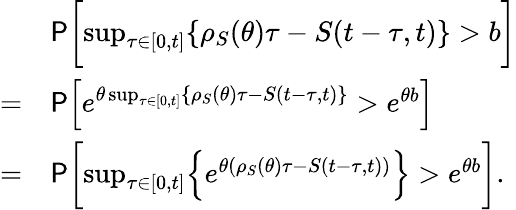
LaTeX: \begin{array}{rl}&{\mathsf{P}\biggl[\operatorname*{sup}_{\tau\in[0,t]}\{ \rho_{S}(\theta)\tau-S(t-\tau,t)\} >b\biggr]}\\ {=}&{\mathsf{P}\Bigl[e^{\theta\operatorname*{sup}_{\tau\in[0,t]}\{ \rho_{S}(\theta)\tau-S(t-\tau,t)\} }>e^{\theta b}\Bigr]}\\ {=}&{\mathsf{P}\biggl[\operatorname*{sup}_{\tau\in[0,t]}\Bigl\{ e^{\theta(\rho_{S}(\theta)\tau-S(t-\tau,t))}\Bigr\} >e^{\theta b}\biggr].}\end{array}